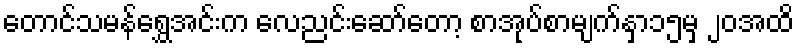
တောင်သမန်ရွှေအင်းက လေညင်းဆော်တော့ စာအုပ်စာမျက်နှာ၁၅မှ ၂၀အထိ